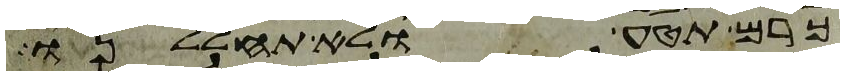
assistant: כרם תטע ולא תחללנו